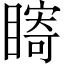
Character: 𥊘